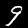
Label: 9